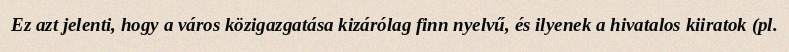
Ez azt jelenti, hogy a város közigazgatása kizárólag finn nyelvű, és ilyenek a hivatalos kiiratok (pl.